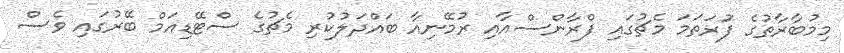
މިމުބާރާތުގެ ފުަރަތަމަ މެޗުގައި ފްރާންސްއާއި ރުމޭނިއާ ބައްދަލުކުރި މެޗުގެ ސްޓޭޑިއަމް ބޭރުގައި ވެސް